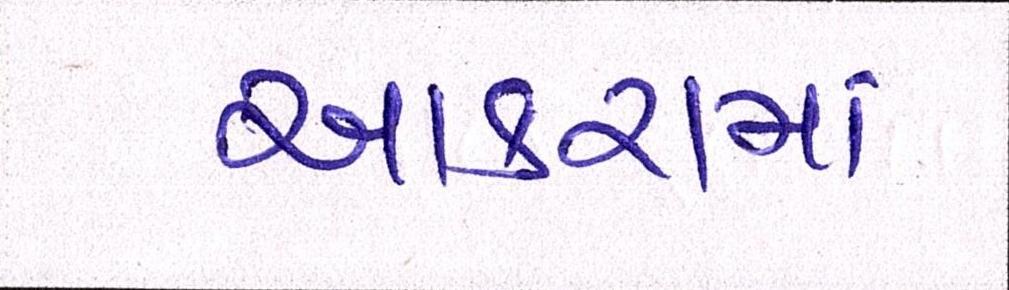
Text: આકરામાં